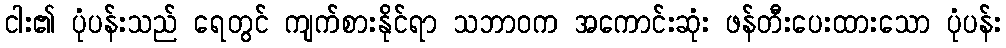
ငါး၏ ပုံပန်းသည် ရေတွင် ကျက်စားနိုင်ရာ သဘာဝက အကောင်းဆုံး ဖန်တီးပေးထားသော ပုံပန်း